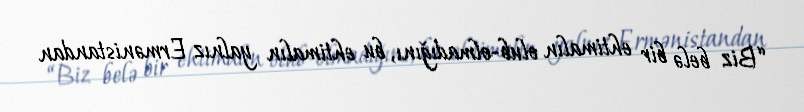
“Biz belə bir ehtimalın olub-olmadığını, bu ehtimalın yalnız Ermənistandan